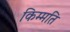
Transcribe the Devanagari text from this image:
किम्मति